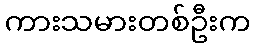
ကားသမားတစ်ဦးက